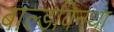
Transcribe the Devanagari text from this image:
बाल्डविनथा